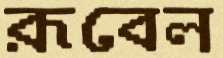
রূবেল